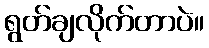
ရွတ်ချလိုက်တာပဲ။